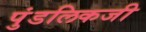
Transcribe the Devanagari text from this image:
पुंडलिकजी